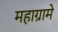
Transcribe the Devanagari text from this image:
महाग्रामे